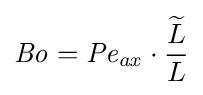
{\mathit {Bo}}={\mathit {Pe_{ax}}}\cdot {\frac {\widetilde {L}}{L}}